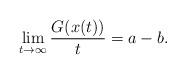
LaTeX: \begin{align*} \lim_{t\to\infty} \frac{G(x(t))}{t} = a-b.\end{align*}